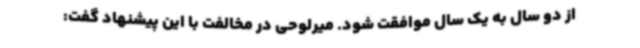
از دو سال به یک سال موافقت شود. میرلوحی در مخالفت با این پیشنهاد گفت: